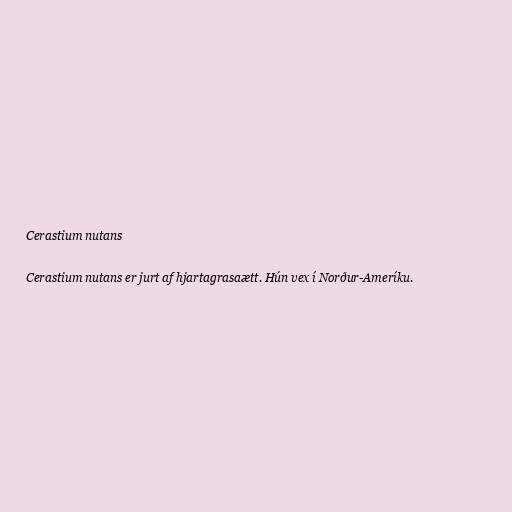
Cerastium nutans

Cerastium nutans er jurt af hjartagrasaætt. Hún vex í Norður-Ameríku.